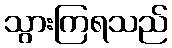
သွားကြရသည်